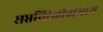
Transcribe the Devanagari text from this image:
सप्तचिरंजीवांमध्ये